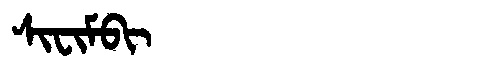
Manchu: ᠰᡳᠸᡳᠮᠪᡳ
Romanization: SIFIMBI